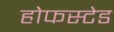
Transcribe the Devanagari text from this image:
होफस्टेड